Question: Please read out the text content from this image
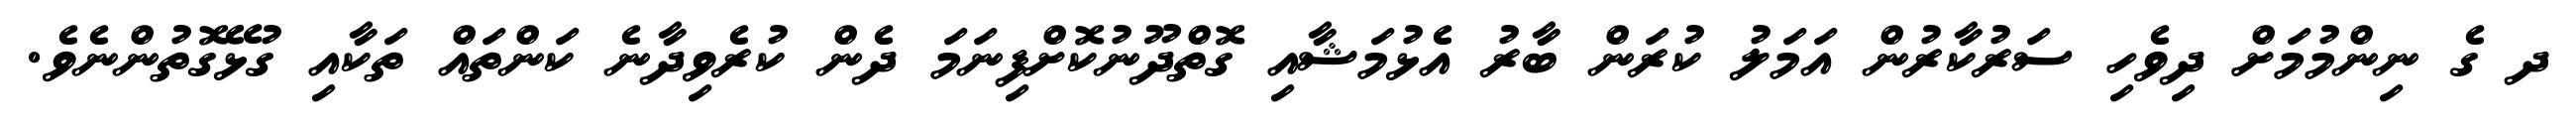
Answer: ދ ގެ ނިންމުމަށް ދިވެހި ސަރުކާރުން އަމަލު ކުރަން ބާރު އެޅުމަޝާއި ގޮތްދޫނުކޮށްފިނަމަ ދެން ކުރެވިދާނެ ކަންތައް ތަކާއި ގުޅޭގޮތުންނެވެ.